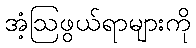
အံ့ဩဖွယ်ရာများကို